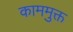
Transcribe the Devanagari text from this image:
काममुक्त